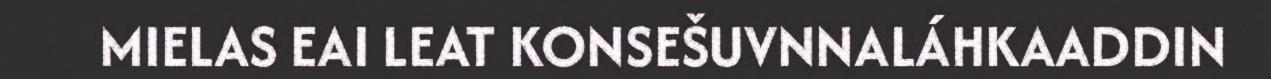
MIELAS EAI LEAT KONSEŠUVNNALÁHKAADDIN